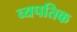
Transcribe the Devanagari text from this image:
व्यपतिक